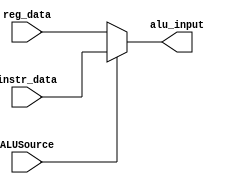
`timescale 1ns / 1ps
//////////////////////////////////////////////////////////////////////////////////
// Company: 
// Engineer: 
// 
// Design Name: 
// Module Name:    ALU_Input_MUX 
// Project Name: 
// Target Devices: 
// Tool versions: 
// Description: 
//
// Dependencies: 
//
// Revision: 
// Revision 0.01 - File Created
// Additional Comments:
//
//////////////////////////////////////////////////////////////////////////////////
module ALU_Input_MUX(
	input [31:0] reg_data,
	input [31:0] instr_data,
	input ALUSource,
	output reg [31:0] alu_input
    );

	always @(*) begin
		if(ALUSource) alu_input <= instr_data;
		else alu_input <= reg_data;
	 end

endmodule